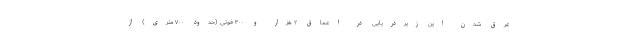
غرق شدن این زیردریایی در اعماق ۲ هزار و ۳۰۰ فوتی (حدود ۷۰۰ متری) از